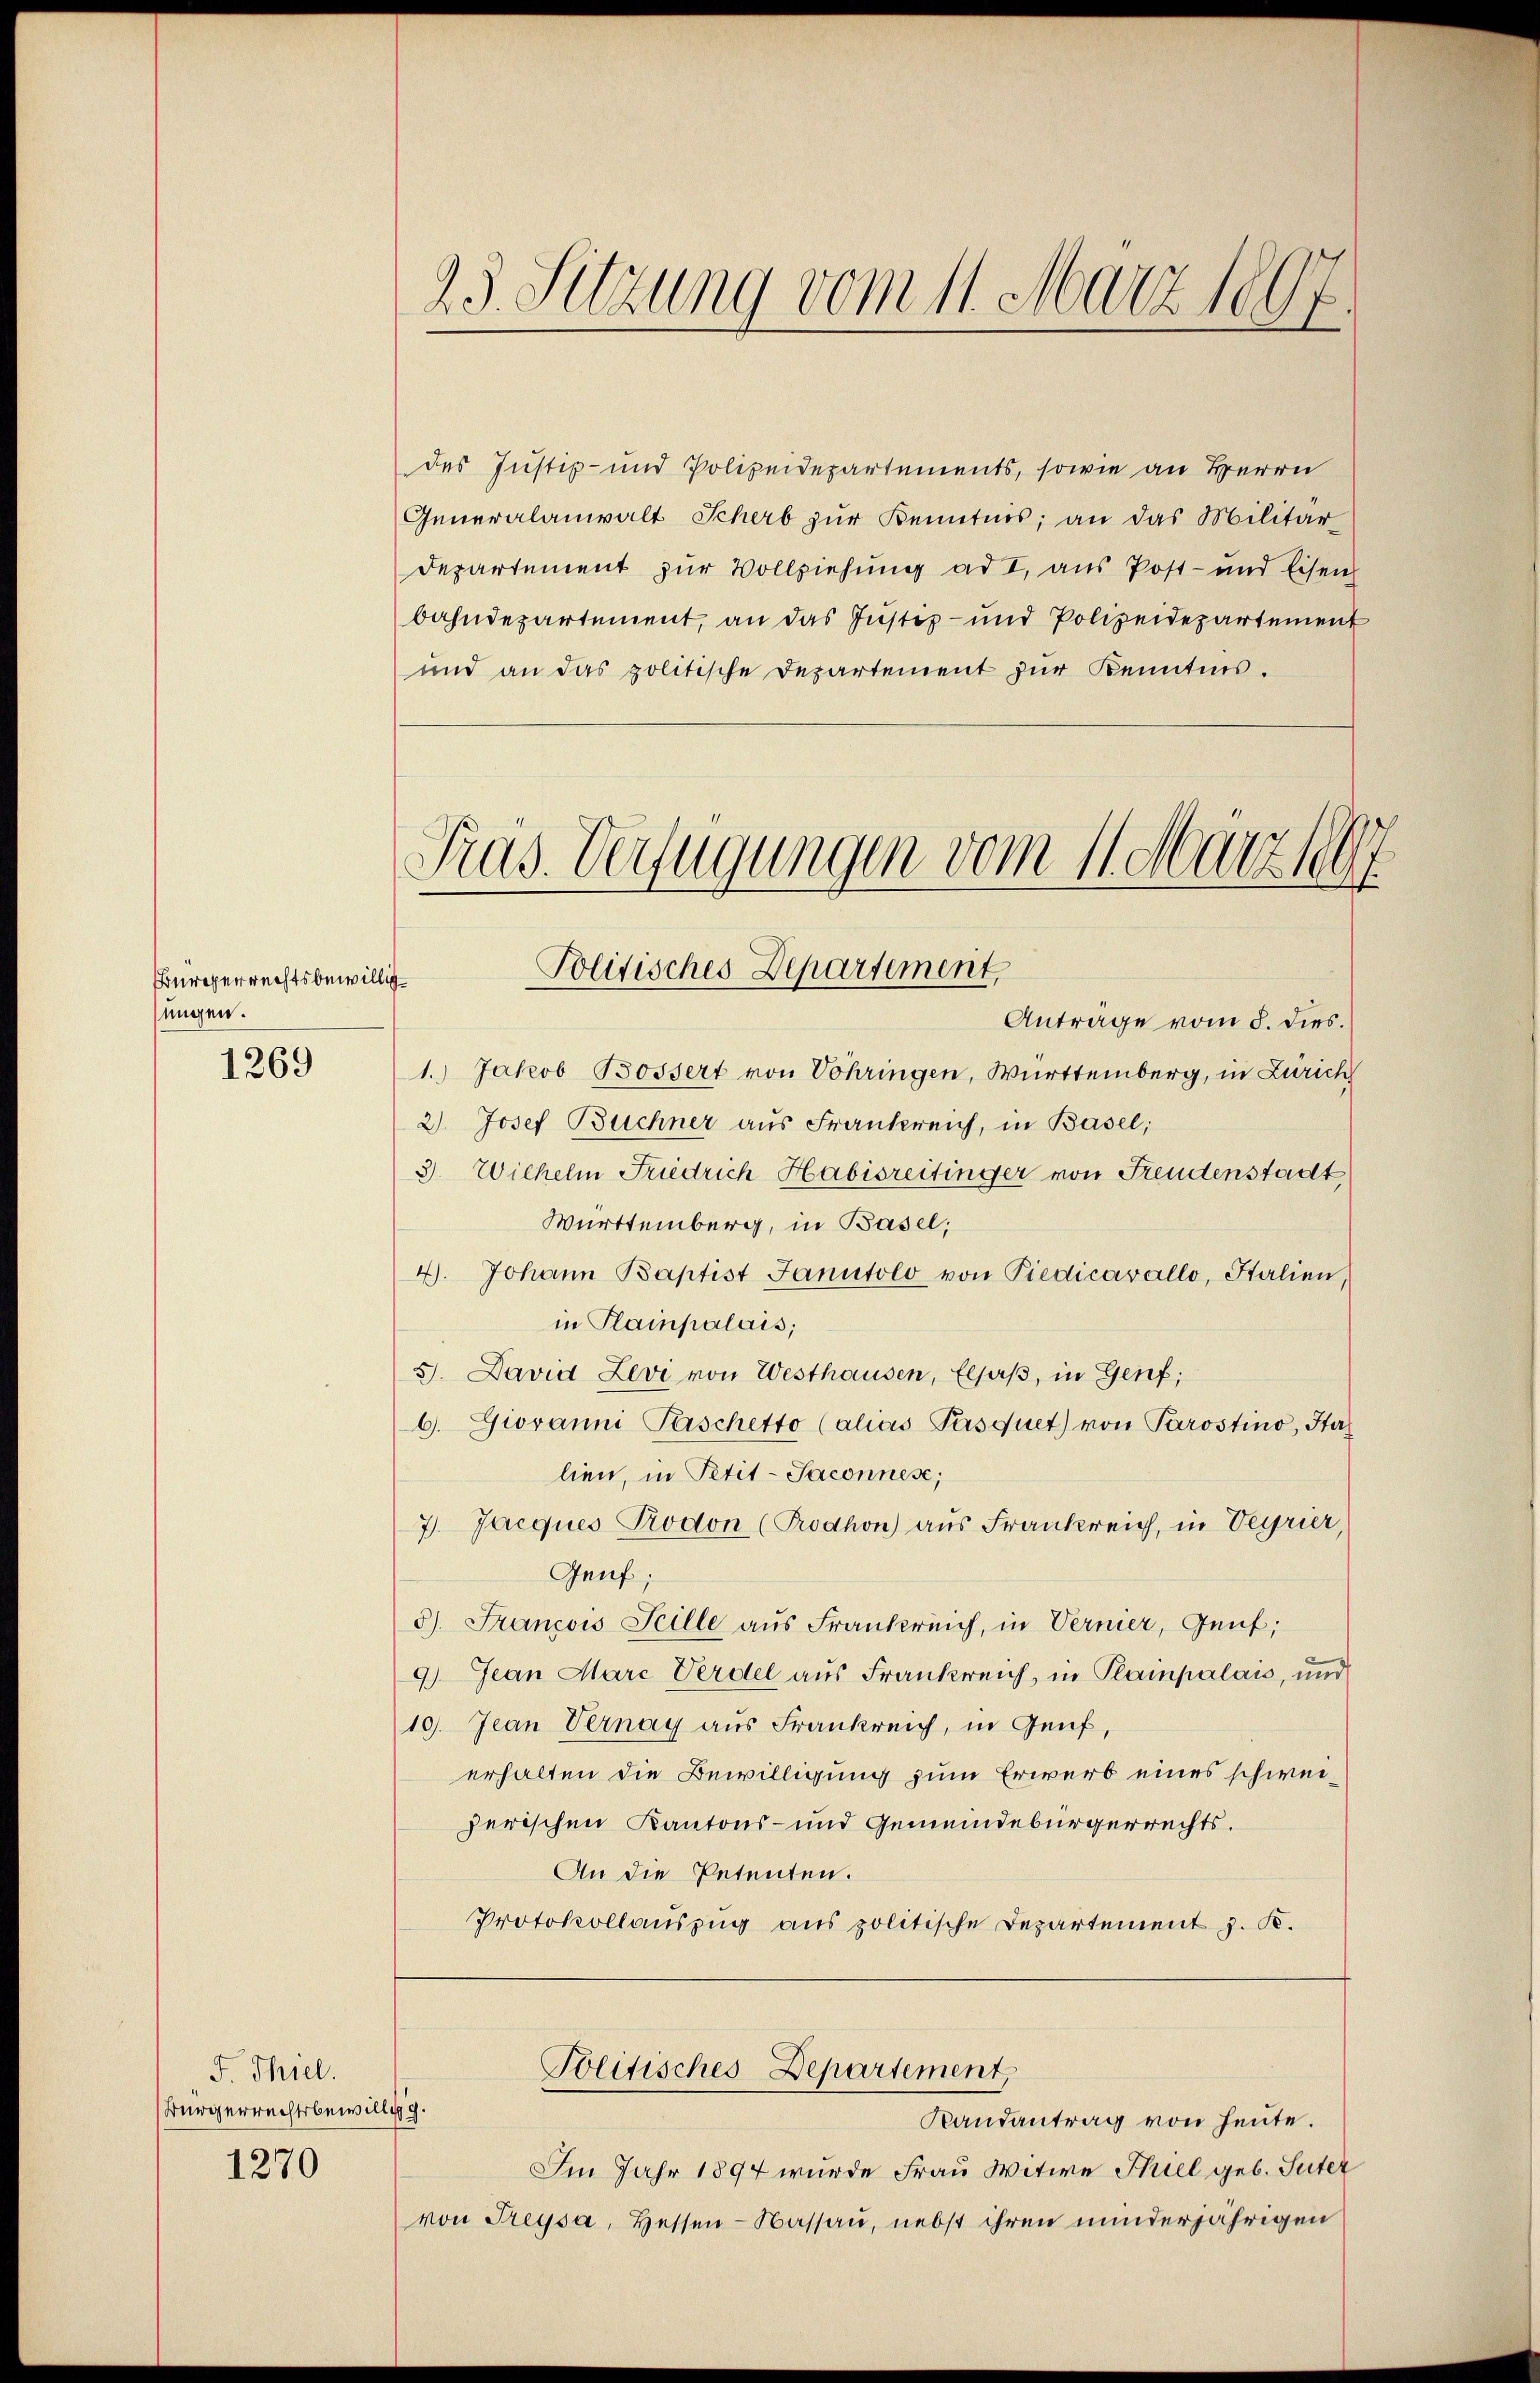
Bürgerrechtsbewillig
sungen.
1269

F. Thiel.
Bürgerrechtsbewillig

1270

23. Sitzung vom 11. März 1897

Präs. Verfügungen vom 11. März 19
Politisches Departement,

des Justiz- und Polizeidepartements, sowie an Herrn
Generalanwalt Scherb zŭr Kenntnis, an das Militär
Departement zur Vollziehung ad I, aus Post- und Eisen
bahndepartement, an das Justiz- und Polizeidepartement
und an das politische Departement zŭr Kenntnis.
Antrage vom 8. dies.
1.) Jakob Bossert von Sohringen, Württemberg, in Zürich
2) Josef Buchner aus Frankreich, in Basel;
3. Wilhelm Friedrich Habisreitinger von Freudenstadt
Württemberg, in Basel;
4. Johann Baptist Janutolo von Piedicavallo, Italien,
in Plainpalais;
5. David Zevi von Westhausen, Elsaß, in Genf;
6. Giovanni Perschetto (alias Persquet) von Parostino, Ha
lien, in Petit-Saconnes;
7. Jacques Prodon (Prodhon) aus Frankreich, in Begrier,
Genf;
5). Francois Seille aus Frankreich, in Vernier, Genf;
9.) Jean Marc Verdel aus Frankreich, in Plampalau, und
19. Jean Vernay aus Frankreich, in Genf,
erhalten die Bewilligung zum Erwerb eines schweiherischen Kantons- und Gemeindebürgerrechts.
An die Petenten.
Protokollauszug aus politische Departement J. K.

Randantrag von heute.
Im Jahr 1894 wurde Frau Witwe Thiel geb. Suter
von Freysa, Hessen-Nassau, nebst ihren minderjährigen

Politisches Departement,